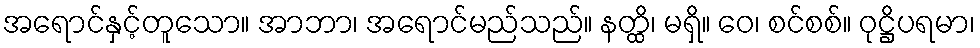
အရောင်နှင့်တူသော။ အာဘာ၊ အရောင်မည်သည်။ နတ္ထိ၊ မရှိ။ ဝေ၊ စင်စစ်။ ဝုဋ္ဌိပရမာ၊